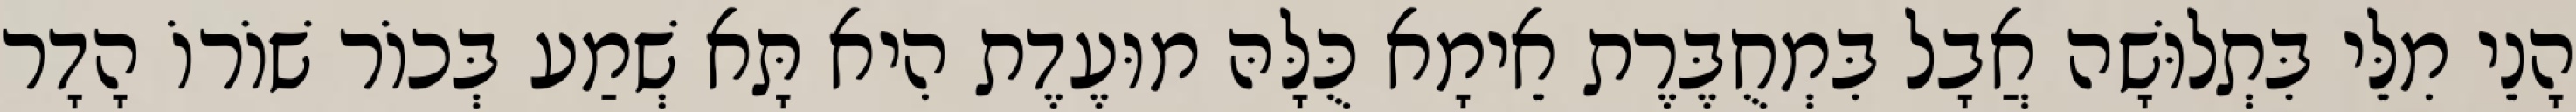
הָנֵי מִלֵּי בִּתְלוּשָׁה אֲבָל בִּמְחֻבֶּרֶת אֵימָא כֻּלָּהּ מוּעֶדֶת הִיא תָּא שְׁמַע בְּכוֹר שׁוֹרוֹ הָדָר